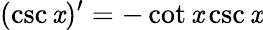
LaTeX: (\csc\mathit{x})^{\prime}=-\cot\mathit{x}\csc\mathit{x}